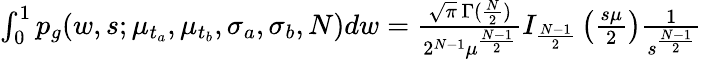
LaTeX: \begin{array}{r}{\int_{0}^{1}p_{g}(w,s;\mu_{t_{a}},\mu_{t_{b}},\sigma_{a},\sigma_{b},N)dw=\frac{\sqrt{\pi}\, \Gamma(\frac{N}{2})}{2^{N-1}\mu^{\frac{N-1}{2}}}I_{\frac{N-1}{2}}\left(\frac{s\mu}{2}\right)\frac{1}{s^{\frac{N-1}{2}}}}\end{array}